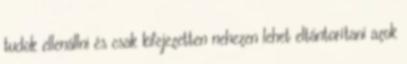
tudok ellenállni és csak kifejezetten nehezen lehet eltántorítani azok